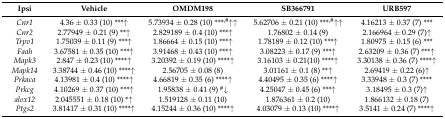
<table><thead><tr><td><b>Ipsi</b></td><td><b>Vehicle</b></td><td><b>OMDM198</b></td><td><b>SB366791</b></td><td><b>URB597</b></td></tr></thead><tbody><tr><td><i>Cnr1</i></td><td>4.36 ± 0.33 (10) ***↑</td><td>5.73934 ± 0.28 (10) ***<sup>,#</sup>↑↑</td><td>5.62706 ± 0.21 (10) ***<sup>,#</sup>↑↑</td><td>4.16213 ± 0.37 (7) ***</td></tr><tr><td><i>Cnr2</i></td><td>2.77949 ± 0.21 (9) **↑</td><td>2.829189 ± 0.4 (10) ***↑</td><td>1.76802 ± 0.14 (9)</td><td>2.166964 ± 0.29 (7)↑</td></tr><tr><td><i>Trpv1</i></td><td>1.75039 ± 0.11 (9) ***↑</td><td>1.86664 ± 0.15 (10) ***↑</td><td>1.78189 ± 0.12 (10) ***↑</td><td>1.80975 ± 0.15 (6) ***</td></tr><tr><td><i>Faah</i></td><td>3.67581 ± 0.35 (10) ***↑</td><td>3.91468 ± 0.43 (10) ***↑</td><td>3.08223 ± 0.17 (9) ***↑</td><td>2.63209 ± 0.36 (7) ***↑</td></tr><tr><td><i>Mapk3</i></td><td>2.847 ± 0.23 (10) ****↑</td><td>3.20392 ± 0.19 (10) ****↑</td><td>3.16103 ± 0.21(10) ****↑</td><td>3.30138 ± 0.36 (7) ****↑</td></tr><tr><td><i>Mapk14</i></td><td>3.38744 ± 0.46 (10) ****↑</td><td>2.56705 ± 0.08 (8)</td><td>3.01161 ± 0.1 (8) **↑</td><td>2.69419 ± 0.22 (6)↑</td></tr><tr><td><i>Prkaca</i></td><td>4.13981 ± 0.4 (10) ****↑</td><td>4.66819 ± 0.35 (6) ****↑</td><td>4.40495 ± 0.35 (6) ****↑</td><td>3.33948 ± 0.3 (7) ****</td></tr><tr><td><i>Prkcg</i></td><td>4.10269 ± 0.37 (10) ***↑</td><td>1.95838 ± 0.41 (9) <sup>#</sup>↓</td><td>4.25047 ± 0.45 (6) ***↑</td><td>3.18495 ± 0.3 (7)↑</td></tr><tr><td><i>alox12</i></td><td>2.045551 ± 0.18 (10) *↑</td><td>1.519128 ± 0.11 (10)</td><td>1.876361 ± 0.2 (10)</td><td>1.866132 ± 0.18 (7)</td></tr><tr><td><i>Ptgs2</i></td><td>3.81417 ± 0.31 (10) ****↑</td><td>4.15244 ± 0.36 (10) ****↑</td><td>4.03079 ± 0.13 (10) ****↑</td><td>3.5141 ± 0.24 (7) ****↑</td></tr></tbody></table>